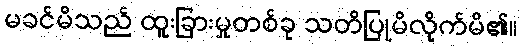
မခင်မိသည် ထူးခြားမှုတစ်ခု သတိပြုမိလိုက်မိ၏။